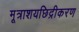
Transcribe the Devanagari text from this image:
मूत्राशयछिद्रीकरण